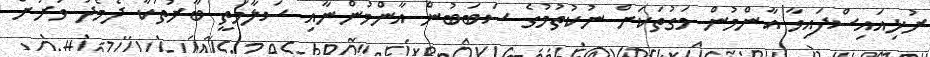
ރުޅިއައިސްފައިވާ އާންމުން މަގުތަކަށް ނުކުތުމުގެ ސަބަބުން އާންމުންނާއި ސަލާމަތީ ބާރުތަކާ ދެމެދު ވަރަށް